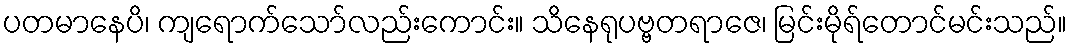
ပတမာနေပိ၊ ကျရောက်သော်လည်းကောင်း။ သိနေရုပဗ္ဗတရာဇေ၊ မြင်းမိုရ်တောင်မင်းသည်။